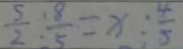
\frac { 5 } { 2 } : \frac { 8 } { 5 } = x : \frac { 4 } { 5 }